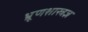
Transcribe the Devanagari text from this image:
भ्रूणशास्त्रज्ञ